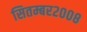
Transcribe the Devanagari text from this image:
सितम्बर२००८